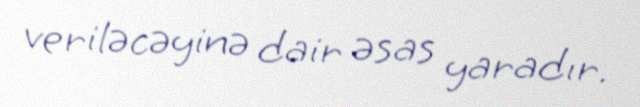
veriləcəyinə dair əsas yaradır.